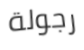
رجولة